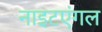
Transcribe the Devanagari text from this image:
नाइटएंगल